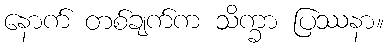
နောက် တစ်ချက်က သိက္ခာ ပြဿနာ။